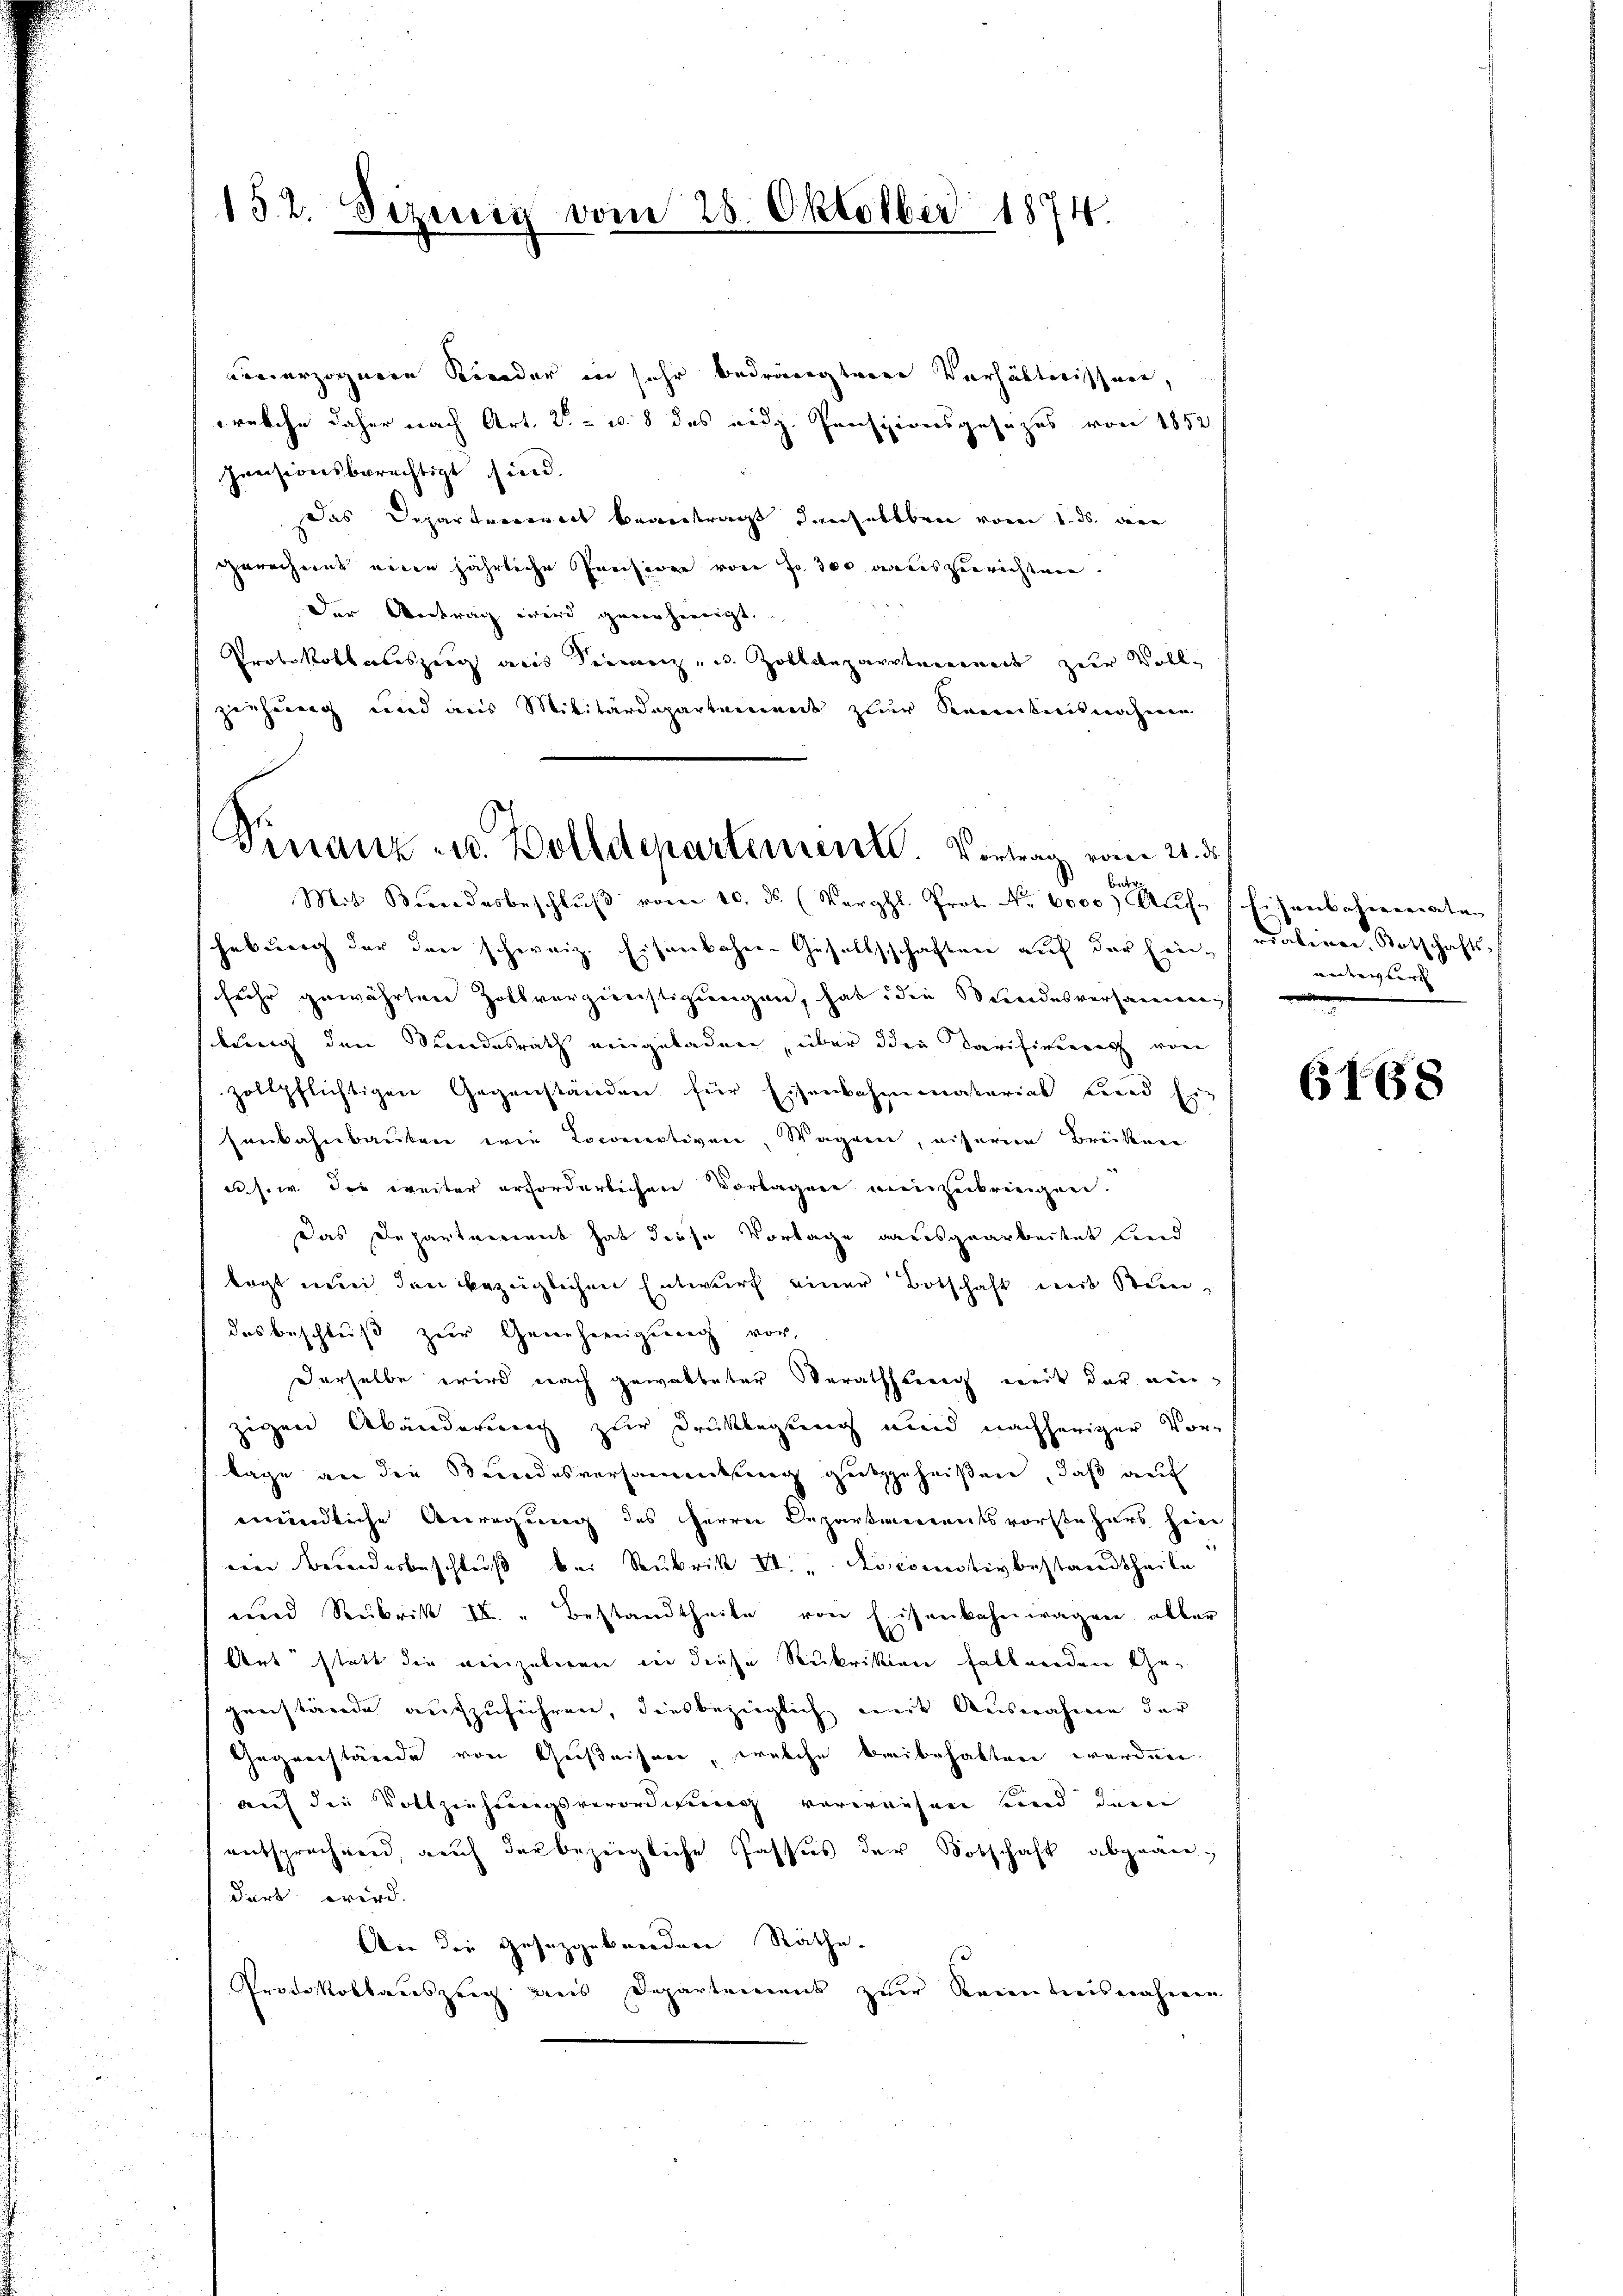
152. Sizung vom 28. Oktober 1874.

donerzogenere Kinder in sehr bedrängten Verhältnissen,
wrolche daher nach Art. 2.- u. 8 des eidg. Pensionsgesezes von 1852
pensionsberechtigt sind.
Das Departerriert beantragt denselben vom 1. ds. an
gerecheint einen jährliche Pensiven von Jo 300 andesgerichten
der Antrag wird gererheerigt.
Protokollauszug aus eine u. Zolldepartement zur Vollziehung und aus Militärdepartement zur Kenntnisnahme
Finanz u. Bolldepartement. Vortrag vom 21. d.

r

Mit Bundesbeschlŭβ vom 10. ds. (Vergl. Prot. Nr. 6000) Auf Eisenbahnerraten
hebung der den schweiz. Eisenbahn-Gesellschaften auf der Ein- rativen Botschafts-
fehr gewährten Zollverzinstigungen, hab die Seidesversammeng
nng den Seidesrath eingeladen, über den Tarifiveren von
zollpflichtigen Gegenständen für Eisenbahnematerial und Ein
senbahnbauten wie Locomotiven, Wagen, eiserem Brücken
u s. w. die weiter erforderlichen Vorlagere meizerbringen.
Das Departement hat diese Vorlage ausgearbeitet und
tagt wenn den bezüglichen Entwurf einer Botschaft mit Stein,
das beschluß zur Genehmigung vor,
Derselbe wird nach gewalteter Berathung weit der neuzigen Abänderung zur Druklagberg und nachheriger Vorlage an die Stundesversammlung gutzuheißen, daß auf
mündliche Anregung des Herrn Departierentsvorstehers hin
ein Bunderbeschluß bei Subrik E. " Rocomotivbestandtheile
und Rubrik II. " Bestandtheile von Eisenbahnwagen aller
Art statt die vierzulegen in diese Rukrikten fallnerden Gegenstände aufzuführen, diesbezüglich mit Ausnahme der
Gegenstände von Geiseisen, welche breibehalten werden
auf die Vollziehungsverordnung vorwiesen und der
entsprechnend, auch der bezeigliche Passus der Sobschaft abgeändirt wird.
An die gesetzgebenden Räthe.
Protokollauszeig aus Departement zur Kenntnisnahmen

wederwert

6168